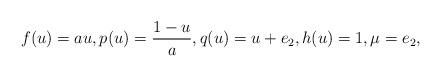
LaTeX: \begin{align*} f(u)=au, p(u)=\frac{1-u}{a}, q(u)=u+e_2, h(u)=1,\mu=e_2,\end{align*}